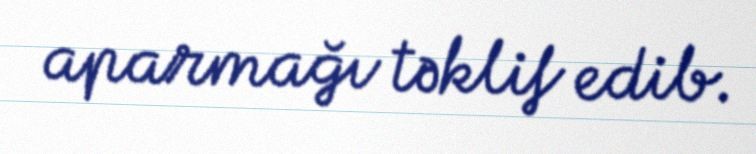
aparmağı təklif edib.